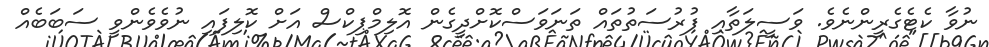
ނުވާ ކެޓެގެރީންނެވެ. ވަސީލަތާއި ފުރުސަތުތައް ތަނަވަސްކޮށްދީގެން އޮލިމްޕިކްސް އަށް ކޮލިފައި ނުވެވެންވީ ސަބަބެއް